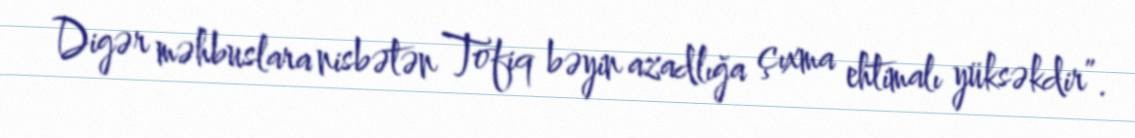
Digər məhbuslara nisbətən Tofiq bəyin azadlığa çıxma ehtimalı yüksəkdir”.